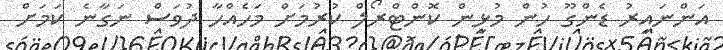
އަންނައިރު ޑެންގޫ ހުން މުޅިން ކޮންޓްރޯލް ކުރުމަށް މަހެއްހާ ދުވަސް ނަގާނެ ކަމަށް